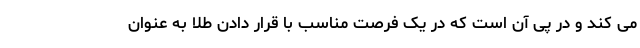
می کند و در پی آن است که در یک فرصت مناسب با قرار دادن طلا به عنوان